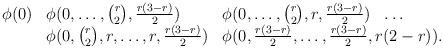
LaTeX: \begin{align*} \begin{array}{llllll} \phi(0)&\multicolumn{2}{l}{\phi(0,\dots,\binom r2,\frac{r(3-r)}{2})} &\multicolumn{2}{l}{\phi(0,\dots,\binom r2,r,\frac{r(3-r)}{2})}&\dots \\ & \multicolumn{2}{l}{\phi(0,\binom r2,r,\dots,r,\frac{r(3-r)}{2})} &\phi(0,\frac{r(3-r)}{2},\dots,\frac{r(3-r)}{2},r(2-r)). \end{array} \end{align*}